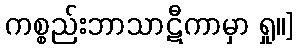
ကစ္စည်းဘာသာဋီကာမှာ ရှု။]